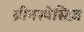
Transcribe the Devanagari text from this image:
ग्रीनस्पेसिज़